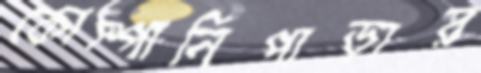
কোম্পানিপাড়ার